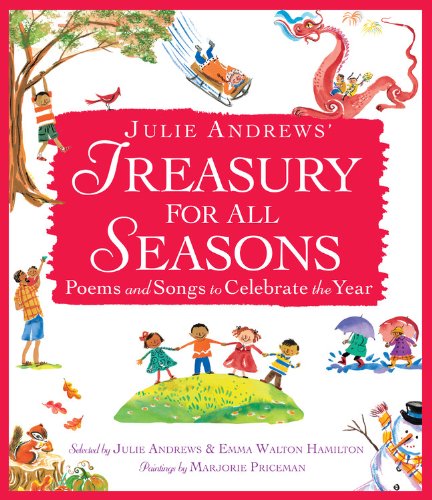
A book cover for Julie Andrews' Treasury for All Seasons: Poems and Songs to Celebrate the Year; Julie Andrews; Children's Books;